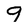
Character: 9